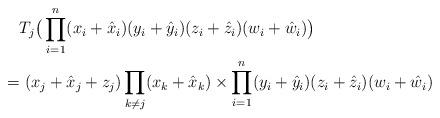
LaTeX: \begin{align*}&T_j \big( \prod_{i=1}^{n} (x_i+ \hat{x}_i) (y_i+ \hat{y}_i)(z_i+ \hat{z}_i) (w_i+ \hat{w}_i) \big)\\= &\ (x_j+\hat{x}_j+ z_j) \prod_{k\neq j} (x_k+\hat{x}_k) \times \prod_{i=1}^{n} (y_i+ \hat{y}_i)(z_i+ \hat{z}_i) (w_i+ \hat{w}_i)\end{align*}